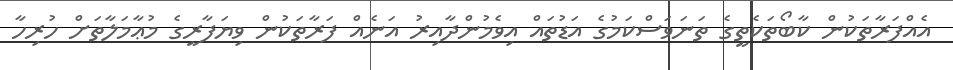
އެއްފަރާތަކުން ކާބޯތަކެތީގެ ތަނަވަސްކަމުގެ އަޑުތައް އިވެމުންދާއިރު އަނެއް ފަރާތަކުން ވިޔަފާރީގެ މުޢާމަލާތަށް ހުރިހާ